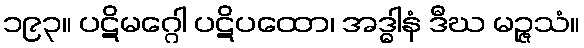
၁၉၃။ ပဋိမဂ္ဂေါ ပဋိပထော၊ အဒ္ဓါနံ ဒီဃ မဉ္ဇသံ။